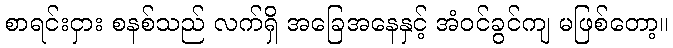
စာရင်းငှား စနစ်သည် လက်ရှိ အခြေအနေနှင့် အံဝင်ခွင်ကျ မဖြစ်တော့။